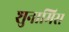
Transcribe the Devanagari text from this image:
शुनामिस